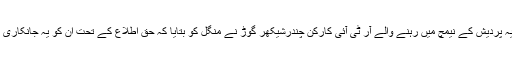
مدھیہ پردیش کے نیمچ میں رہنے والے آر ٹی آئی کارکن چندرشیکھر گوڑ نے منگل کو بتایا کہ حق اطلاع کے تحت ان کو یہ جانکاری ملی۔